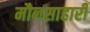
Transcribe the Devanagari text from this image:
मौनसाहारी